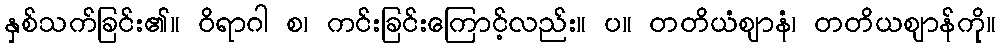
နှစ်သက်ခြင်း၏။ ဝိရာဂါ စ၊ ကင်းခြင်းကြောင့်လည်း။ ပ။ တတိယံဈာနံ၊ တတိယဈာန်ကို။